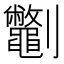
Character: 𫦣